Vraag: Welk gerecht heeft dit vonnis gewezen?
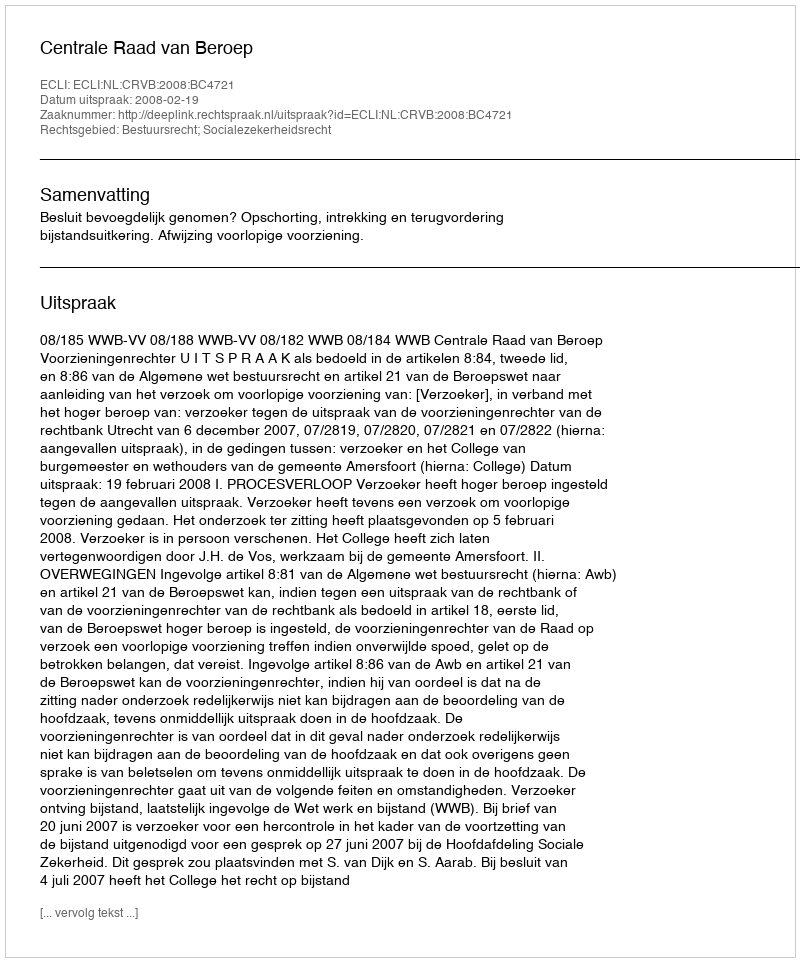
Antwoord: Centrale Raad van Beroep